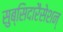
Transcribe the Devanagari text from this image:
सुब्सिदारैसेशन्